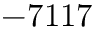
- 7 1 1 7